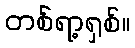
တစ်ရာ့ရှစ်။